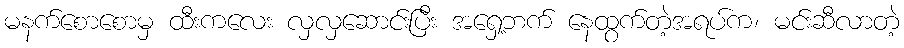
မနက်စောစောမှ ထီးကလေး လှလှဆောင်းပြီး အရှေ့ဘက် နေထွက်တဲ့အရပ်က၊ မင်းဆီလာတဲ့